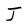
Character: J